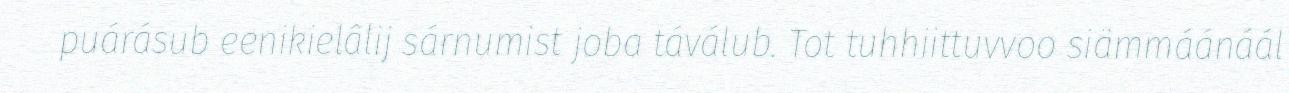
puárásub eenikielâlij sárnumist joba táválub. Tot tuhhiittuvvoo siämmáánáál